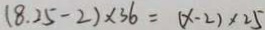
( 8 . 2 5 - 2 ) \times 3 6 = ( x - 2 ) \times 2 5